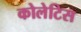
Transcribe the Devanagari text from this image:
कोलेटिस